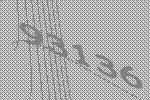
93136